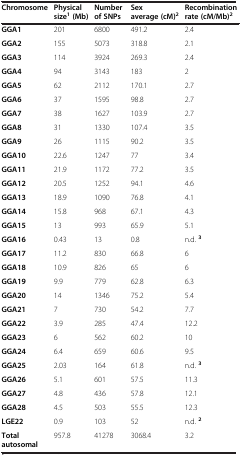
| Chromosome | Physical size1 (Mb) | Number of SNPs | Sex average (cM)2 | Recombination rate (cM/Mb)2 |
 | --- | --- | --- | --- | --- |
 | GGA1 | 201 | 6800 | 491.2 | 2.4 |
 | GGA2 | 155 | 5073 | 318.8 | 2.1 |
 | GGA3 | 114 | 3924 | 269.3 | 2.4 |
 | GGA4 | 94 | 3143 | 183 | 2 |
 | GGA5 | 62 | 2112 | 170.1 | 2.7 |
 | GGA6 | 37 | 1595 | 98.8 | 2.7 |
 | GGA7 | 38 | 1627 | 103.9 | 2.7 |
 | GGA8 | 31 | 1330 | 107.4 | 3.5 |
 | GGA9 | 26 | 1115 | 90.2 | 3.5 |
 | GGA10 | 22.6 | 1247 | 77 | 3.4 |
 | GGA11 | 21.9 | 1172 | 77.2 | 3.5 |
 | GGA12 | 20.5 | 1252 | 94.1 | 4.6 |
 | GGA13 | 18.9 | 1090 | 76.8 | 4.1 |
 | GGA14 | 15.8 | 968 | 67.1 | 4.3 |
 | GGA15 | 13 | 993 | 65.9 | 5.1 |
 | GGA16 | 0.43 | 13 | 0.8 | n.d. 3 |
 | GGA17 | 11.2 | 830 | 66.8 | 6 |
 | GGA18 | 10.9 | 826 | 65 | 6 |
 | GGA19 | 9.9 | 779 | 62.8 | 6.3 |
 | GGA20 | 14 | 1346 | 75.2 | 5.4 |
 | GGA21 | 7 | 730 | 54.2 | 7.7 |
 | GGA22 | 3.9 | 285 | 47.4 | 12.2 |
 | GGA23 | 6 | 562 | 60.2 | 10 |
 | GGA24 | 6.4 | 659 | 60.6 | 9.5 |
 | GGA25 | 2.03 | 164 | 61.8 | n.d. 3 |
 | GGA26 | 5.1 | 601 | 57.5 | 11.3 |
 | GGA27 | 4.8 | 436 | 57.8 | 12.1 |
 | GGA28 | 4.5 | 503 | 55.5 | 12.3 |
 | LGE22 | 0.9 | 103 | 52 | n.d. 2 |
 | Total autosomal | 957.8 | 41278 | 3068.4 | 3.2 |